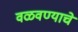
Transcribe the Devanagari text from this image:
वळवण्याचे